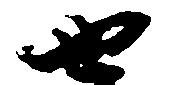
せ